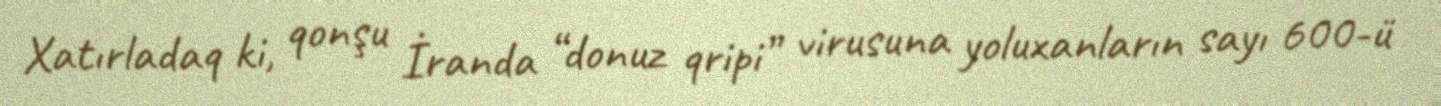
Xatırladaq ki, qonşu İranda “donuz qripi” virusuna yoluxanların sayı 600-ü